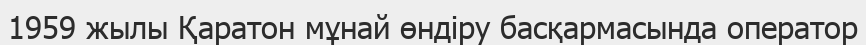
1959 жылы Қаратон мұнай өндіру басқармасында оператор